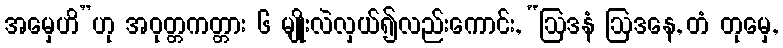
အမှေဟိ”ဟု အဝုတ္တကတ္တား ၆ မျိုးလဲလှယ်၍လည်းကောင်း, “ဩဒနံ ဩဒနေ, တံ တုမှေ,